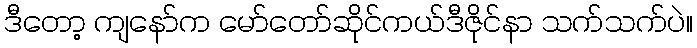
ဒီတော့ ကျနော်က မော်တော်ဆိုင်ကယ်ဒီဇိုင်နာ သက်သက်ပဲ။